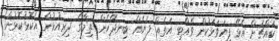
ކައްޗަށް އެޅޭ ފިޔަވަޅަކުން ވެއްޓި އަތެއް ފަޔެއް ބިނދޭހެން ތިމާގެ ދިރިއުޅުން އެކޮޅުކޮޅުން